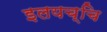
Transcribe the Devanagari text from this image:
इलयच्चि